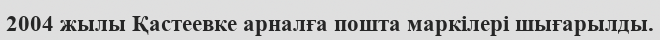
2004 жылы Қастеевке арналға пошта маркілері шығарылды.